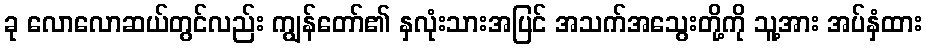
ခု လောလောဆယ်တွင်လည်း ကျွန်တော်၏ နှလုံးသားအပြင် အသက်အသွေးတို့ကို သူ့အား အပ်နှံထား